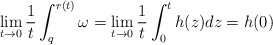
\begin{align*}\lim_{t\to0}\frac{1}{t} \int_{q}^{r(t)}\omega= \lim_{t\to 0}\frac{1}{t}\int_0^th(z)dz=h(0)\end{align*}